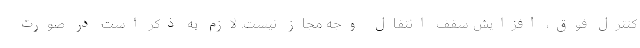
کنترل فوق، افزایش سقف انتقال وجه مجاز نیست. لازم به ذکر است در صورت